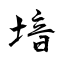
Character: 堷